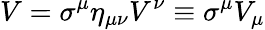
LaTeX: V=\sigma^{\mu}\eta_{\mu\nu}V^{\nu}\equiv\sigma^{\mu}V_{\mu}